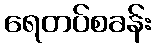
ရေတပ်စခန်း